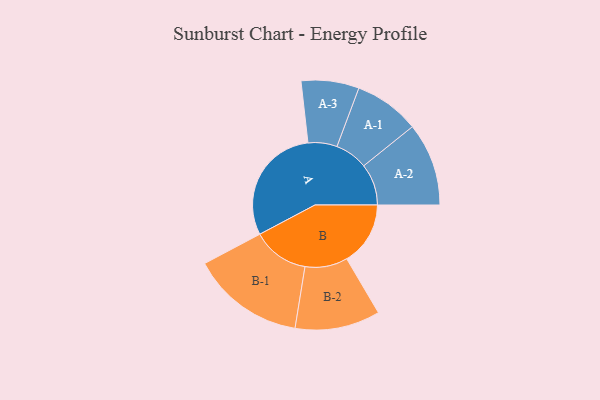
{"axis": {"x": "Segment", "y": "Value"}, "legend": ["", "A", "B"], "data": [{"x": "A", "y": 491, "type": ""}, {"x": "B", "y": 262, "type": ""}, {"x": "A-1", "y": 135, "type": "A"}, {"x": "A-2", "y": 171, "type": "A"}, {"x": "A-3", "y": 119, "type": "A"}, {"x": "B-1", "y": 233, "type": "B"}, {"x": "B-2", "y": 175, "type": "B"}]}